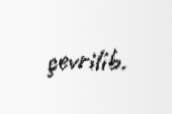
çevrilib.